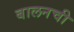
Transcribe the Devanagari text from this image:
बालनची